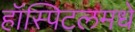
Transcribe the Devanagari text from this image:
हॉस्पिटलमधे